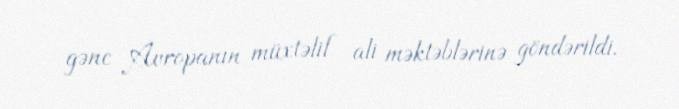
gənc Avropanın müxtəlif ali məktəblərinə göndərildi.